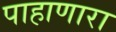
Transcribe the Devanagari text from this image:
पाहाणारा